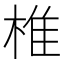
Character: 椎